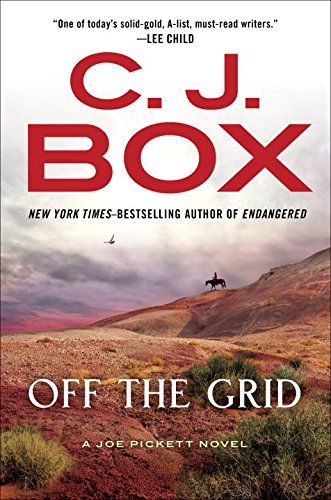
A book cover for Off the Grid (A Joe Pickett Novel); C. J. Box; Mystery, Thriller & Suspense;